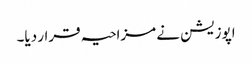
اپوزیشن نے مزاحیہ قرار دیا۔